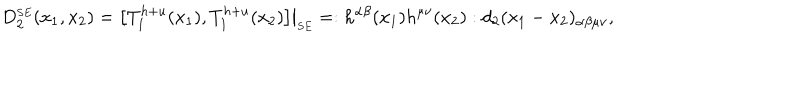
LaTeX: D _ { 2 } ^ { \scriptscriptstyle S E } ( x _ { 1 } , x _ { 2 } ) = \bigl [ T _ { 1 } ^ { h + u } ( x _ { 1 } ) , T _ { 1 } ^ { h + u } ( x _ { 2 } ) \bigr ] \bigr | _ { \scriptscriptstyle S E } = : h ^ { \alpha \beta } ( x _ { 1 } ) h ^ { \mu \nu } ( x _ { 2 } ) : d _ { 2 } ( x _ { 1 } - x _ { 2 } ) _ { \alpha \beta \mu \nu } ,